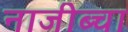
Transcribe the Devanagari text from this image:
नाजीब्चा